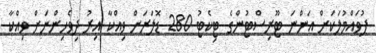
ފުވައްމުލަކަށް އަންނަ ޓޫރިސްޓުންގެ ޓިކެޓު 280 ޑޮލަރަށް ވިއްކާ އިރު ދިވެހިންނަށް ވިއްކާ